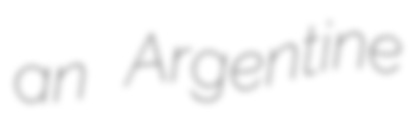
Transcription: an Argentine